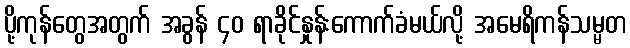
ပို့ကုန်တွေအတွက် အခွန် ၄၀ ရာခိုင်နှုန်းကောက်ခံမယ်လို့ အမေရိကန်သမ္မတ